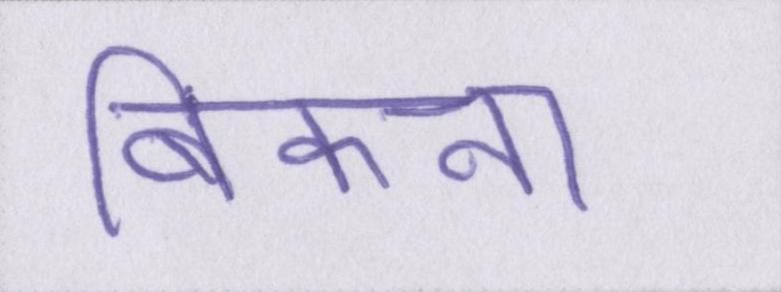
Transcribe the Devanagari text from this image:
बिकना